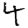
Digit: 4